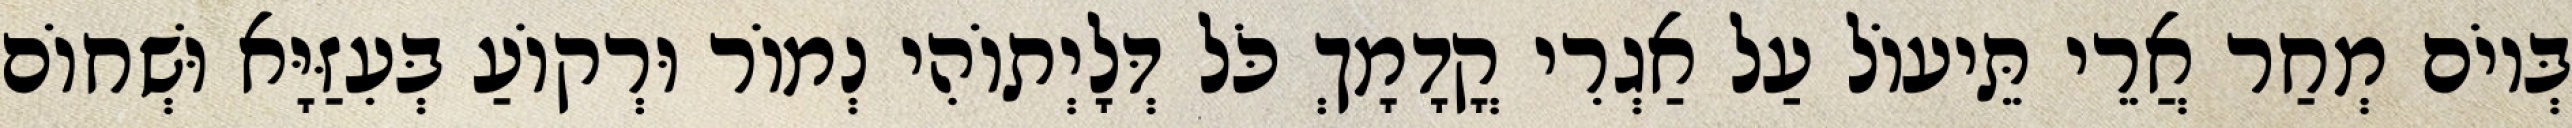
בְּיוֹם מְחַר אֲרֵי תֵּיעוֹל עַל אַגְרִי קֳדָמָךְ כֹּל דְּלָיְתוֹהִי נְמוֹר וּרְקוֹעַ בְּעִזַּיָּא וּשְׁחוֹם